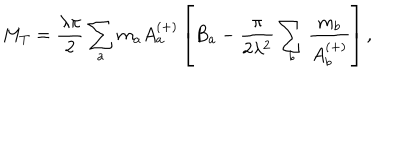
M _ { T } = \frac { \lambda \pi } { 2 } \sum _ { a } m _ { a } A _ { a } ^ { ( + ) } \left[ B _ { a } - \frac { \pi } { 2 \lambda ^ { 2 } } \sum _ { b } \frac { m _ { b } } { A _ { b } ^ { ( + ) } } \right] ,